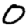
Digit: 0